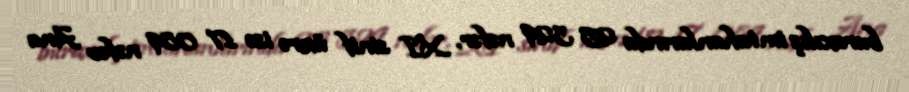
buraxılış imtahanlarında 25 329 nəfər, XI sinif üzrə isə 17 089 nəfər Ana